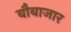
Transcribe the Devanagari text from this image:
बौबाजार